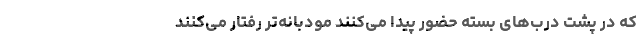
که در پشت درب‌های بسته حضور پیدا می‌کنند مودبانه‌تر رفتار می‌کنند